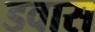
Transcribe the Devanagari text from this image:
डवास